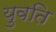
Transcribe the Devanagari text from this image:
युवति